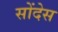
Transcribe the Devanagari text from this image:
सोंदेस